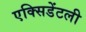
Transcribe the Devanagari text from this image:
एक्सिडेंटली